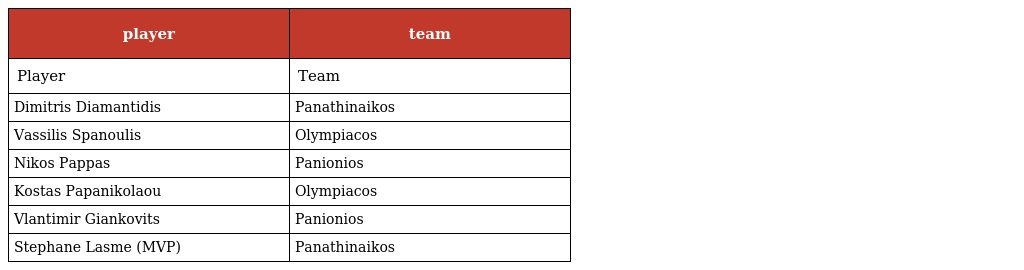
| player | team |
 | --- | --- |
 | Player | Team |
 | Dimitris Diamantidis | Panathinaikos |
 | Vassilis Spanoulis | Olympiacos |
 | Nikos Pappas | Panionios |
 | Kostas Papanikolaou | Olympiacos |
 | Vlantimir Giankovits | Panionios |
 | Stephane Lasme (MVP) | Panathinaikos |